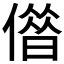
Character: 𠎥